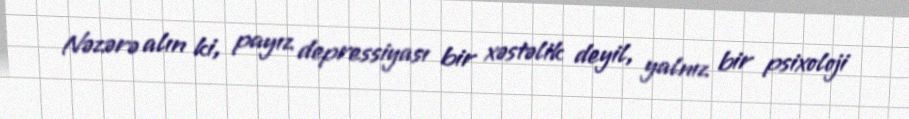
Nəzərə alın ki, payız depressiyası bir xəstəlik deyil, yalnız bir psixoloji